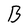
Character: B